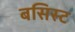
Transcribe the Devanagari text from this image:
बसिस्ट